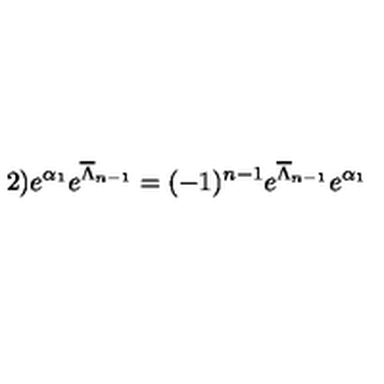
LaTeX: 2 ) e ^ { \alpha _ { 1 } } e ^ { \overline { { \Lambda } } _ { n - 1 } } = ( - 1 ) ^ { n - 1 } e ^ { \overline { { \Lambda } } _ { n - 1 } } e ^ { \alpha _ { 1 } }